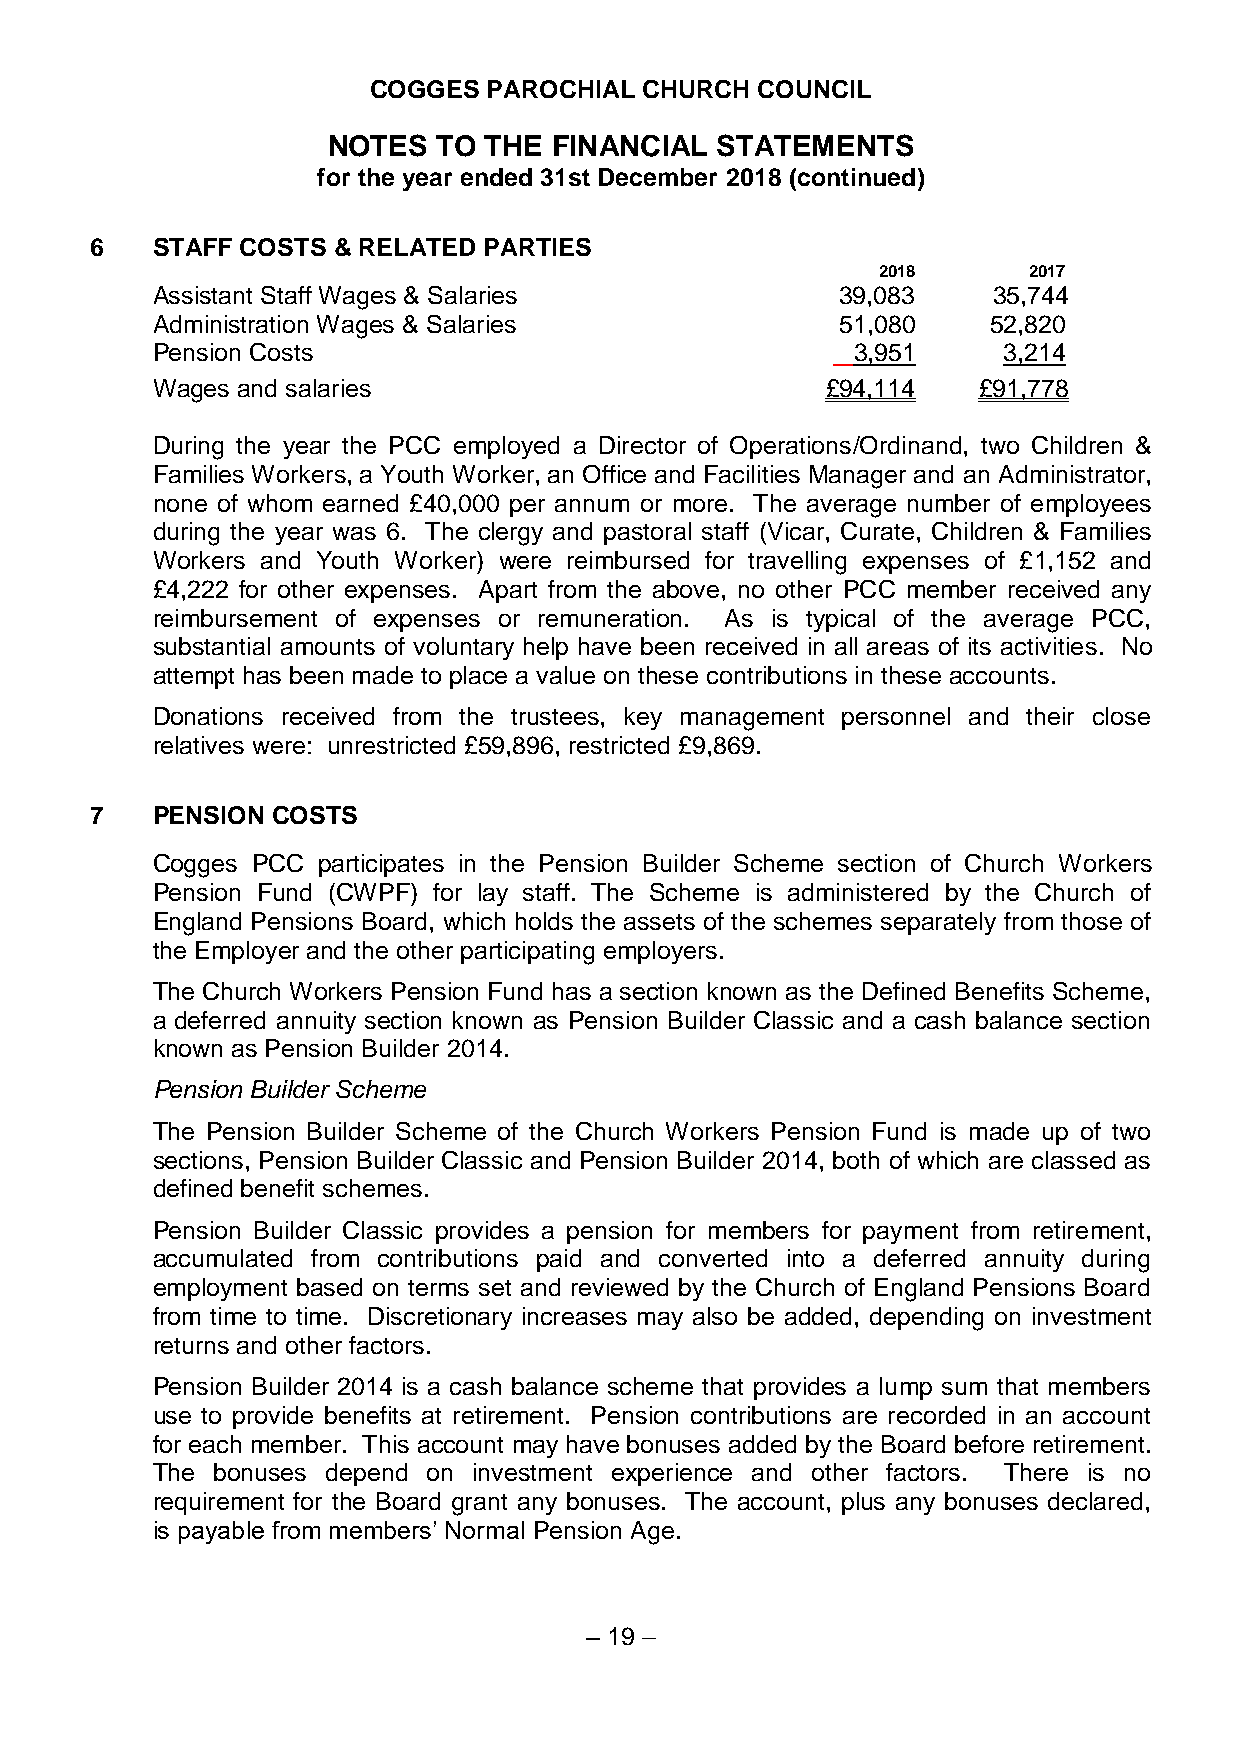
COGGES PAROCHIAL  CHURCH COUNCIL
 NOTES  TO THE  FINANCIAL STATEMENTS
 for the year ended 31st December 2018 (continued)
 6   STAFF COSTS & RELATED PARTIES
 2018      2017
 Assistant Staff Wages & Salaries              39,083    35,744
 Administration Wages & Salaries               51,080   52,820
 Pension Costs                                 3,951     3,214
 Wages and salaries                           £94,114   £91,778
 During the year the PCC employed a Director of Operations/Ordinand, two Children &
 Families Workers, a Youth Worker, an Office and Facilities Manager and an Administrator,
 none of whom earned £40,000 per annum or more. The average number of employees
 during the year was 6. The clergy and pastoral staff (Vicar, Curate, Children & Families
 Workers and Youth Worker) were reimbursed for travelling expenses of £1,152 and
 £4,222 for other expenses. Apart from the above, no other PCC member received any
 reimbursement of expenses or remuneration. As is typical of the average PCC,
 substantial amounts of voluntary help have been received in all areas of its activities. No
 attempt has been made to place a value on these contributions in these accounts.
 Donations received from the trustees, key management personnel and their close
 relatives were: unrestricted £59,896, restricted £9,869.
 7   PENSION COSTS
 Cogges PCC participates in the Pension Builder Scheme section of Church Workers
 Pension Fund (CWPF) for lay staff. The Scheme is administered by the Church of
 England Pensions Board, which holds the assets of the schemes separately from those of
 the Employer and the other participating employers.
 The Church Workers Pension Fund has a section known as the Defined Benefits Scheme,
 a deferred annuity section known as Pension Builder Classic and a cash balance section
 known as Pension Builder 2014.
 Pension Builder Scheme
 The Pension Builder Scheme of the Church Workers Pension Fund is made up of two
 sections, Pension Builder Classic and Pension Builder 2014, both of which are classed as
 defined benefit schemes.
 Pension Builder Classic provides a pension for members for payment from retirement,
 accumulated from contributions paid and converted into a deferred annuity during
 employment based on terms set and reviewed by the Church of England Pensions Board
 from time to time. Discretionary increases may also be added, depending on investment
 returns and other factors.
 Pension Builder 2014 is a cash balance scheme that provides a lump sum that members
 use to provide benefits at retirement. Pension contributions are recorded in an account
 for each member. This account may have bonuses added by the Board before retirement.
 The bonuses depend on investment experience and other factors. There is no
 requirement for the Board grant any bonuses. The account, plus any bonuses declared,
 is payable from members’ Normal Pension Age.
 – 19 –